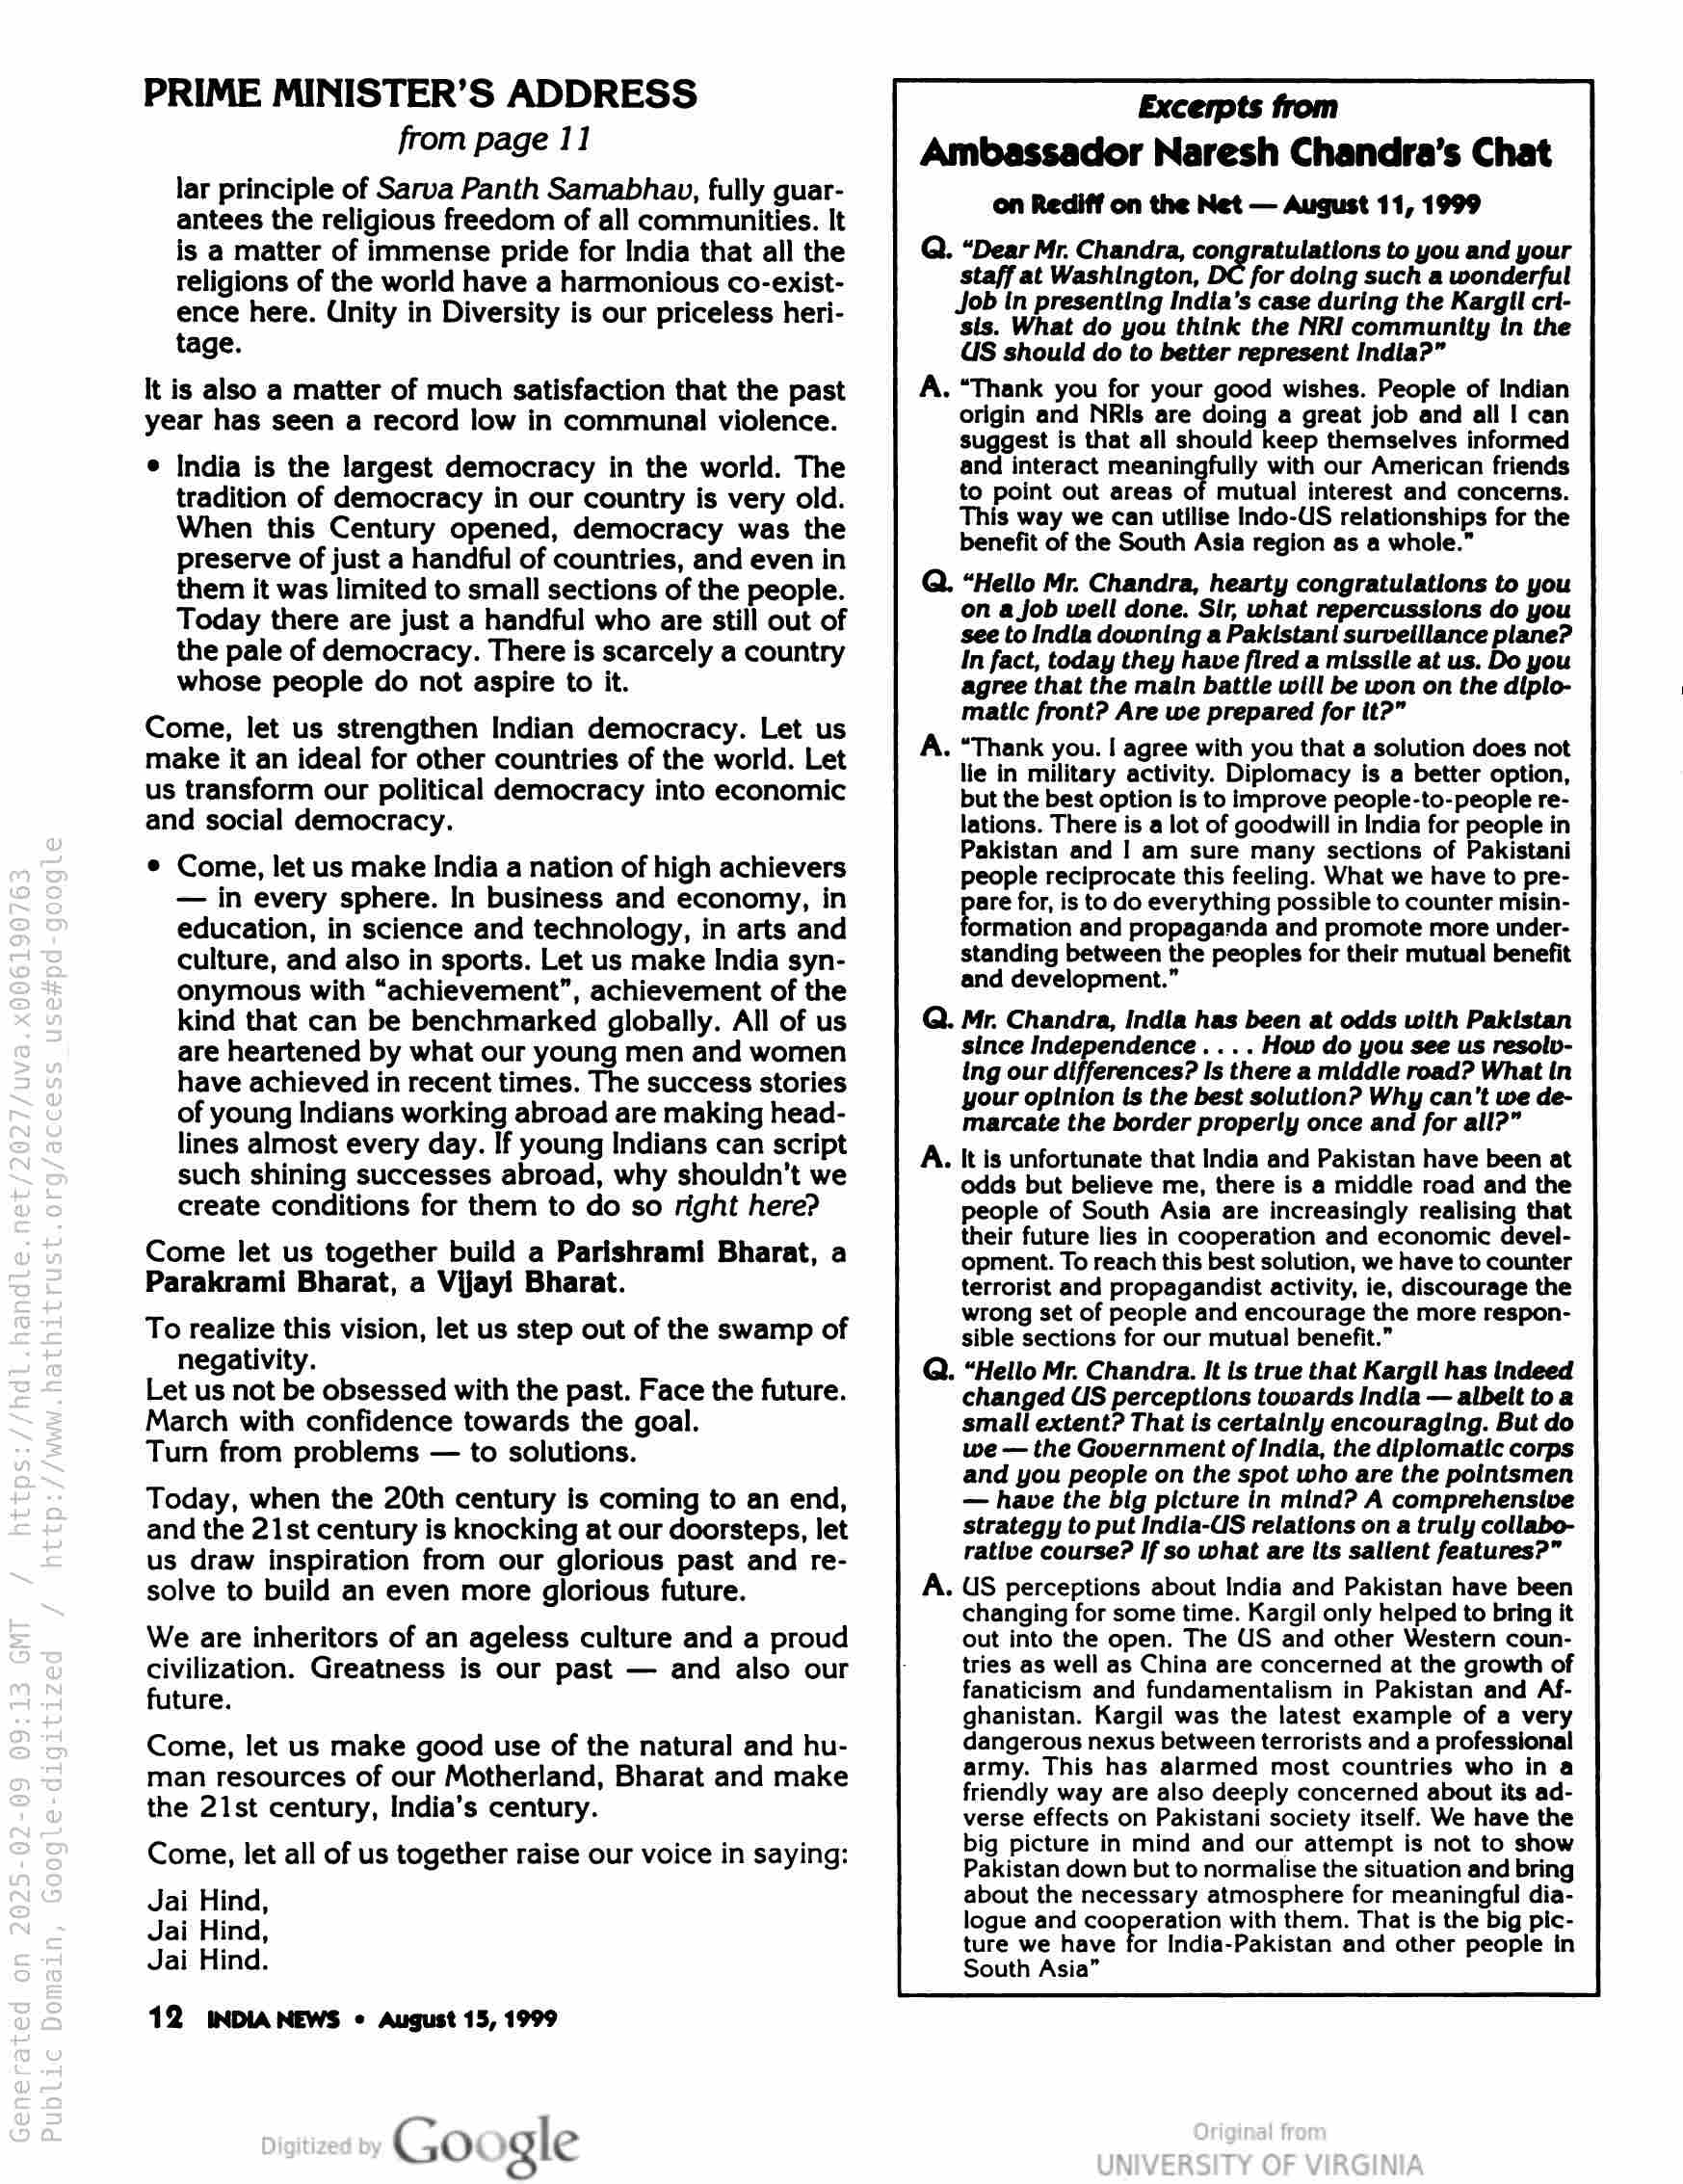
PRIME MINISTER’S ADDRESS
from page 11

lar principle of Sarva Panth Samabhau, fully guar-
antees the religious freedom of all communities. It
is a matter of immense pride for India that all the
religions of the world have a harmonious co-exist-
ence here. Unity in Diversity is our priceless heri-
tage.

It is also a matter of much satisfaction that the past
year has seen a record low in communal violence.

© India is the largest democracy in the world. The
tradition of democracy in our country is very old.
When this Century opened, democracy was the
preserve of just a handful of countries, and even in
them it was limited to small sections of the people.
Today there are just a handful who are still out of
the pale of democracy. There is scarcely a country
whose people do not aspire to it.

Come, let us strengthen Indian democracy. Let us
make it an ideal for other countries of the world. Let
us transform our political democracy into economic
and social democracy.

© Come, let us make India a nation of high achievers
— in every sphere. In business and economy, in
education, in science and technology, in arts and
culture, and also in sports. Let us make India syn-
onymous with “achievement”, achievement of the
kind that can be benchmarked globally. All of us
are heartened by what our young men and women
have achieved in recent times. The success stories
of young Indians working abroad are making head-
lines almost every day. If young Indians can script
such shining successes abroad, why shouldn't we
create conditions for them to do so right here?

Come let us together build a Parishrami Bharat, a
Parakrami Bharat, a Vijayi Bharat.

To realize this vision, let us step out of the swamp of
negativity.

Let us not be obsessed with the past. Face the future.

March with confidence towards the goal.

Turn from problems — to solutions.

Today, when the 20th century is coming to an end,
and the 21st century is knocking at our doorsteps, let
us draw inspiration from our glorious past and re-
solve to build an even more glorious future.

We are inheritors of an ageless culture and a proud
civilization. Greatness is our past — and also our
future.

Come, let us make good use of the natural and hu-
man resources of our Motherland, Bharat and make
the 21st century, India’s century.

Come, let all of us together raise our voice in saying:

Jai Hind,
Jai Hind,
Jai Hind.

12 INDIA NEWS © August 15, 1999

Excerpts from
Ambassador Naresh Chandra’s Chat
on Rediff on the Net — August 11, 1999

Q. “Dear Mr. Chandra, congratulations to you and your
staff at Washington, for doing such a wonderful
Job in presenting India’s case during the Kargil cri-
sis. What do you think the NRI community in the
US should do to better represent India?”

A. “Thank you for your good wishes. People of Indian
origin and NRIs are doing a great job and all | can
suggest is that all should keep themselves informed
and interact meaningfully with our American friends
to point out areas of mutual interest and concerns.
This way we can utilise Indo-US relationships for the
benefit of the South Asia region as a whole.”

Q. “Hello Mr. Chandra, hearty congratulations to you
on a job well done. Sir, what repercussions do you
see to India downing a Pakistani surveillance plane?
In fact, today they have fired a missile at us. Do you
agree that the main battle will be won on the diplo-
matic front? Are we prepared for it?”

A. “Thank you. I agree with you that a solution does not
lie in military activity. Diplomacy is a better option,
but the best option is to improve people-to-people re-
lations. There is a lot of goodwill in India for people in
Pakistan and | am sure many sections of Pakistani
people reciprocate this feeling. What we have to pre-

are for, is to do everything possible to counter misin-
formation and propaganda and promote more under-
standing between the peoples for their mutual benefit
and development.”

Q. Mr. Chandra, Indla has been at odds with Pakistan

since Independence . . . . How do you see us resolv-
ing our differences? Is there a middle road? What In
your opinion is the best solution? Why can't we de-
marcate the border properly once and for all?”

A. It is unfortunate that India and Pakistan have been at
odds but believe me, there is a middle road and the
people of South Asia are increasingly realising that
their future lies in cooperation and economic devel-
opment. To reach this best solution, we have to counter
terrorist and propagandist activity, ie, discourage the
wrong set of people and encourage the more respon-
sible sections for our mutual benefit.”

Q. “Hello Mr. Chandra. It is true that Kargil has indeed
changed US perceptions towards India — albelt toa
small extent? That is certainly encouraging. But do
we — the Government of India, the diplomatic corps
and you people on the spot who are the pointsmen
— have the big picture in mind? A comprehensive
strategy to put India-US relations on a truly collabo-
rative course? If so what are its salient features?”

US perceptions about India and Pakistan have been
changing for some time. Kargil only helped to bring it
out into the open. The US and other Western coun-
tries as well as China are concerned at the growth of
fanaticism and fundamentalism in Pakistan and Af-
ghanistan. Kargil was the latest example of a very
dangerous nexus between terrorists and a professional
army. This has alarmed most countries who in a
friendly way are also deeply concerned about its ad-
verse effects on Pakistani society itself. We have the
big picture in mind and our attempt is not to show
Pakistan down but to normalise the situation and bring
about the necessary atmosphere for meaningful dia-
logue and cooperation with them. That is the big pic-
ture we have for India-Pakistan and other people in
South Asia”